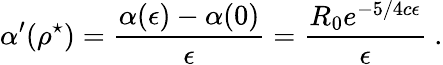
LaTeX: \alpha^{\prime}(\rho^{\star})=\frac{\alpha(\epsilon)-\alpha(0)}{\epsilon}=\frac{R_{0}e^{-5/4c\epsilon}}{\epsilon}\ .